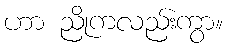
ဟာ ညိုကလည်းကွာ။